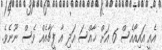
އެއީ އައިއޯއެސް 6 އަށް ޚާއްސަ އަދި އާ ފީޗާއެއް ވެސް ނޫނެވެ.